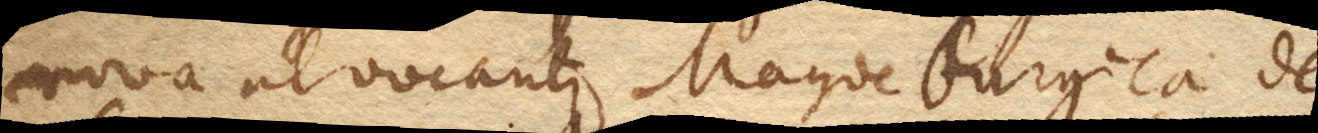
nova ut vocantur Magdeburgica de